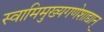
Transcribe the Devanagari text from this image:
स्वामिमुख्यगणेशाद्यान्